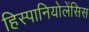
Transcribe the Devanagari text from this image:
हिस्पानियोलेंसिस